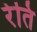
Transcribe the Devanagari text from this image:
रेति